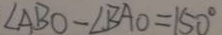
\angle A B O - \angle B A O = 1 5 0 ^ { \circ }